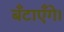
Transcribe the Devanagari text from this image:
बँटाएँगे।